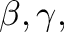
\beta , \gamma ,